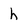
Character: h